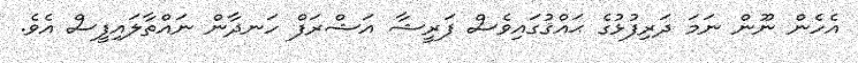
އެހެން ނޫން ނަމަ ދަރިފުޅުގެ ޙައްޤުގައިވެސް ފަރީޝާ އަޝްރަފް ހަނދާން ނައްތާލައިފީސް އެވެ.